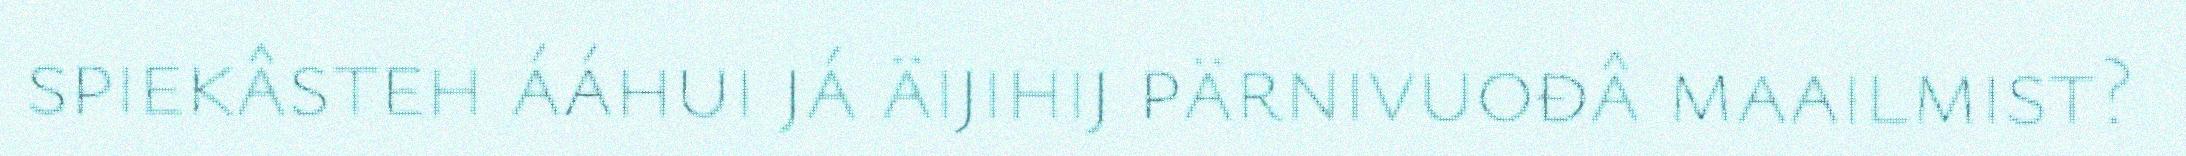
spiekâsteh ááhui já äijihij pärnivuođâ maailmist?